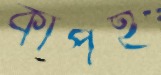
কাপই